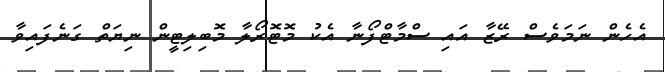
އެހެން ނަމަވެސް ރޭޒާ އައި ސްމާޓްފޯނާ އެކު މޮޓޮރޯލާ މޮބިލިޓީން ނިޔަތް ގަނެފައިވާ